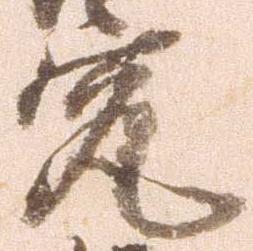
究